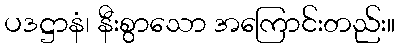
ပဒဋ္ဌာနံ၊ နီးစွာသော အကြောင်းတည်း။